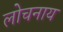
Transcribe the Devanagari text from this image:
लोचनाय